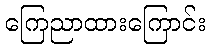
ကြေညာထားကြောင်း